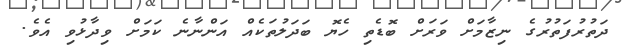
ދަތުރުފަތުރުގެ ނިޒާމަށް ވަރަށް ބޮޑެތި ހެޔޮ ބަދަލުތަކެއް އަންނާނެ ކަމަށް ވިދާޅުވި އެވެ.